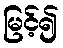
မြင့်၍